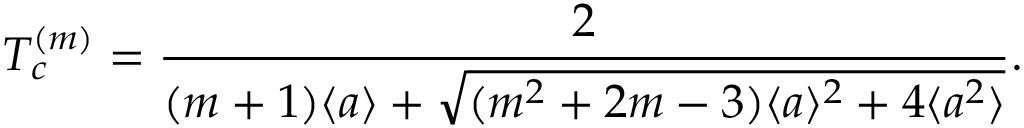
T _ { c } ^ { ( m ) } = \frac { 2 } { ( m + 1 ) \langle a \rangle + \sqrt { ( m ^ { 2 } + 2 m - 3 ) \langle a \rangle ^ { 2 } + 4 \langle a ^ { 2 } \rangle } } .